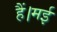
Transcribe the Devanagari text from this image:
हैं।मई